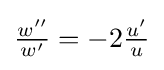
{\tfrac {w''}{w'}}=-2{\tfrac {u'}{u}}